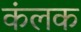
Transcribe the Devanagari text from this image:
कंलक